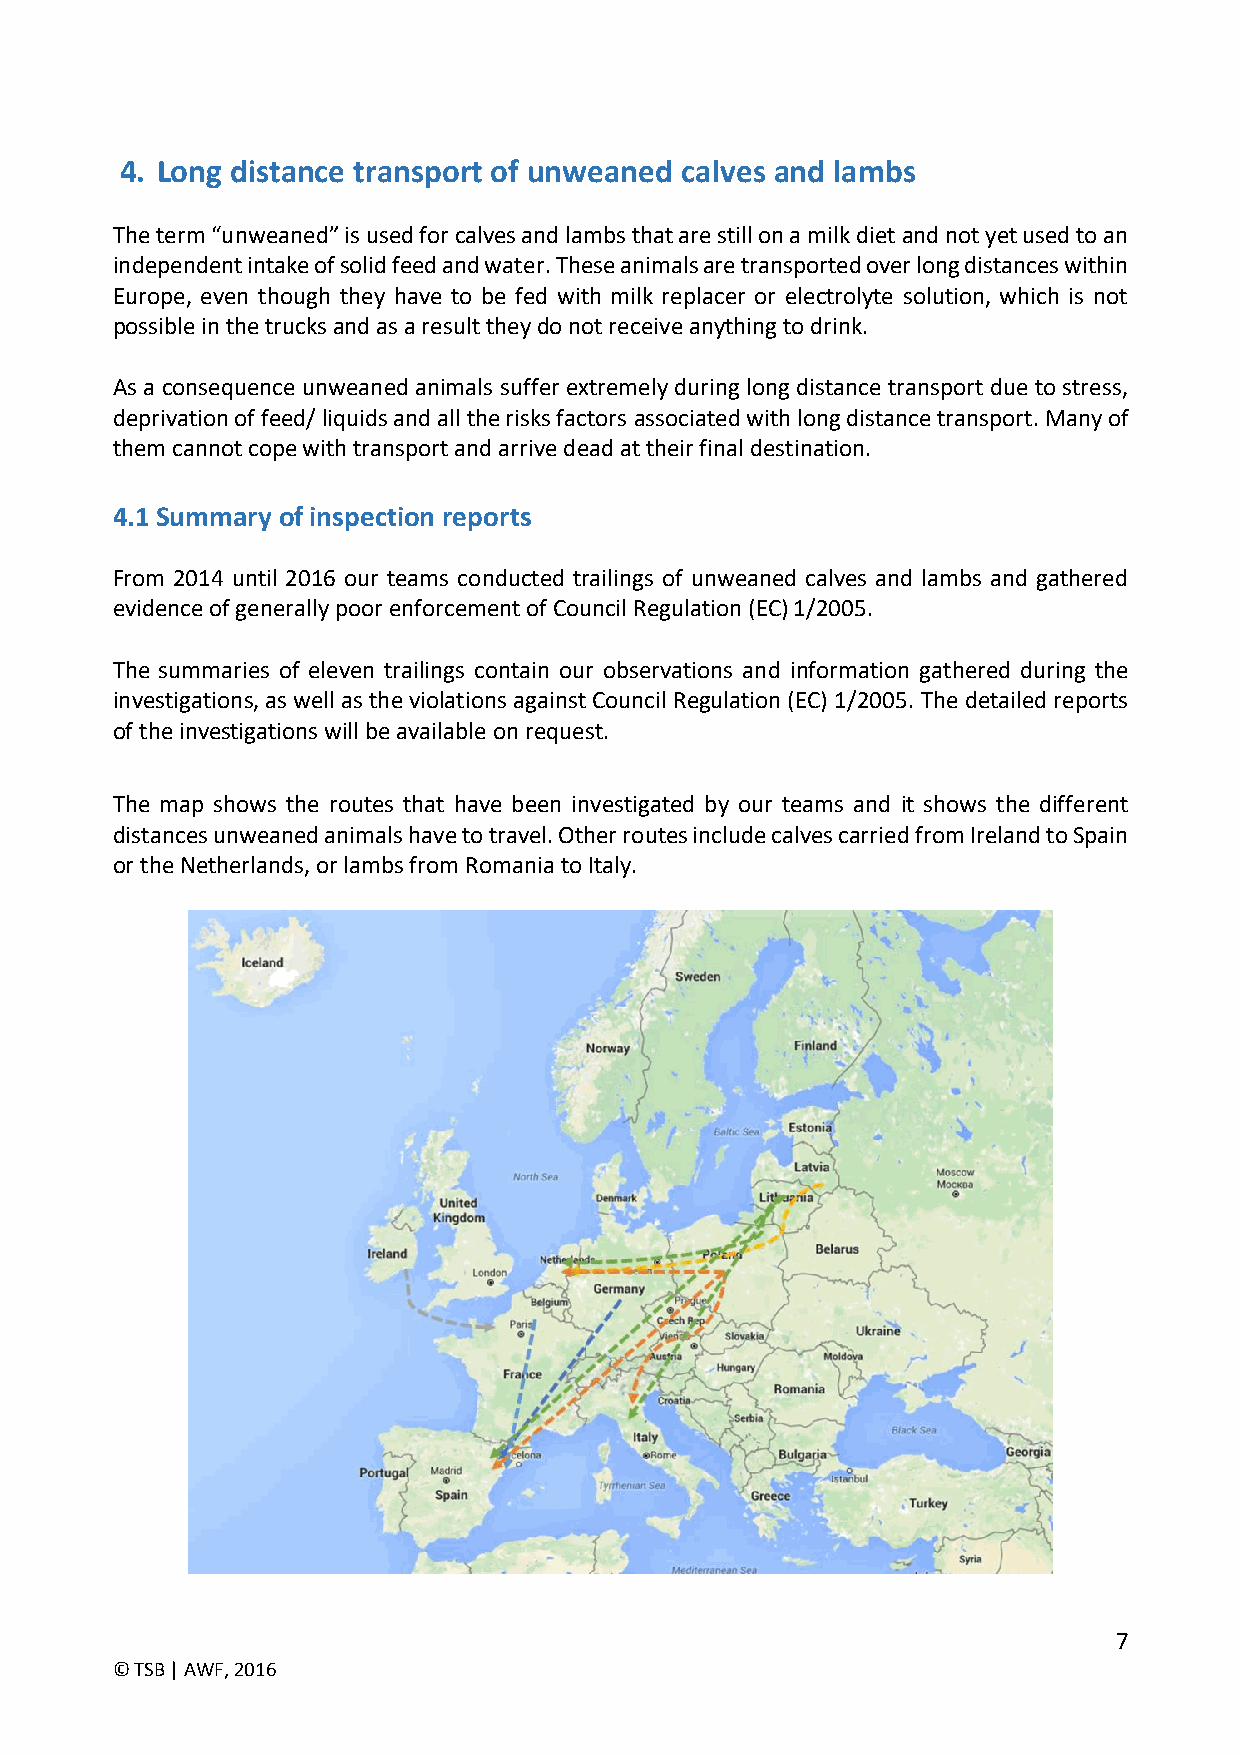
4. Long distance transport of unweaned calves and lambs
 The term “unweaned” is used for calves and lambs that are still on a milk diet and not yet used to an
 independent intake of solid feed and water. These animals are transported over long distances within
 Europe, even though they have to be fed with milk replacer or electrolyte solution, which is not
 possible in the trucks and as a result they do not receive anything to drink.
 As a consequence unweaned animals suffer extremely during long distance transport due to stress,
 deprivation of feed/ liquids and all the risks factors associated with long distance transport. Many of
 them cannot cope with transport and arrive dead at their final destination.
 4.1 Summary of inspection reports
 From 2014 until 2016 our teams conducted trailings of unweaned calves and lambs and gathered
 evidence of generally poor enforcement of Council Regulation (EC) 1/2005.
 The summaries of eleven trailings contain our observations and information gathered during the
 investigations, as well as the violations against Council Regulation (EC) 1/2005. The detailed reports
 of the investigations will be available on request.
 The map shows the routes that have been investigated by our teams and it shows the different
 distances unweaned animals have to travel. Other routes include calves carried from Ireland to Spain
 or the Netherlands, or lambs from Romania to Italy.
 7
 © TSB | AWF, 2016